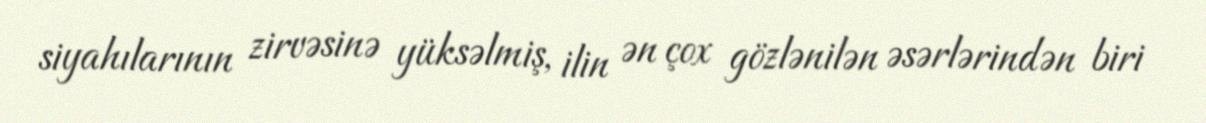
siyahılarının zirvəsinə yüksəlmiş, ilin ən çox gözlənilən əsərlərindən biri